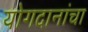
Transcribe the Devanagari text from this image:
योगदानांचा